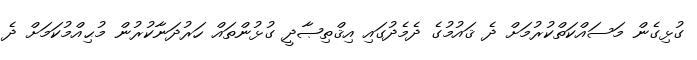
ގުޅިގެން މަސައްކަތްކުރުމަށް ދެ ޤައުމުގެ ދެމެދުގައި އިޤްތިޞާދީ ގުޅުންތައް ހަރުދަނާކުރުން މުޙިއްމުކަމަށް ދެ